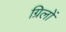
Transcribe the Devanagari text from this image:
ग्रिलों